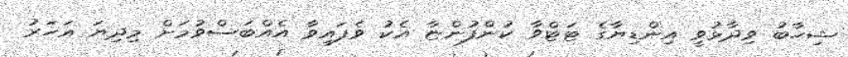
ޝިހާބު ވިދާޅުވީ އިންޑިޔާގެ ޓަޓްވާ ކުންފުންޏާ އެކު ވެފައިވާ އެއްބަސްވުމަށް މިދިޔަ އަހަރު